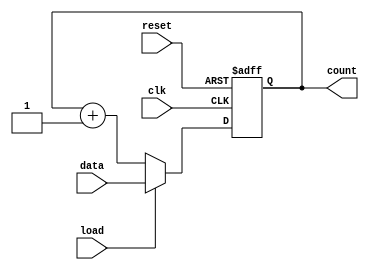
module loadable_counter (
    input wire clk,           // Clock signal
    input wire load,         // Load control signal
    input wire reset,        // Asynchronous reset signal
    input wire [7:0] data,   // Load value input (8 bits)
    output reg [7:0] count   // Current count output (8 bits)
);

// Asynchronous reset and counting logic
always @(posedge clk or posedge reset) begin
    if (reset) begin
        count <= 8'b0;       // Reset count to zero
    end else if (load) begin
        count <= data;       // Load the value from data input
    end else begin
        count <= count + 1;  // Increment count
    end
end

endmodule